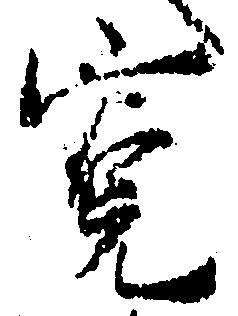
寛